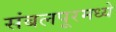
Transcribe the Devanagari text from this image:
संबलपूरमध्ये